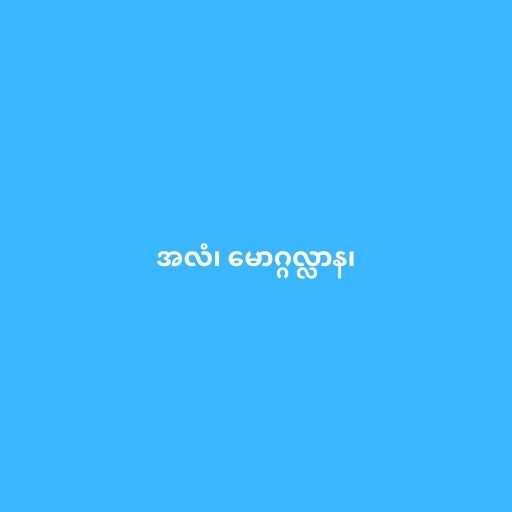
အလံ၊ မောဂ္ဂလ္လာန၊